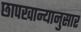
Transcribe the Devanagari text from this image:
छापखान्यानुसार